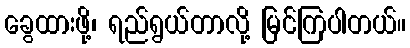
ခွေထားဖို့၊ ရည်ရွယ်တာလို့ မြင်ကြပါတယ်။